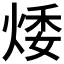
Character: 𤉦